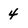
Character: 4